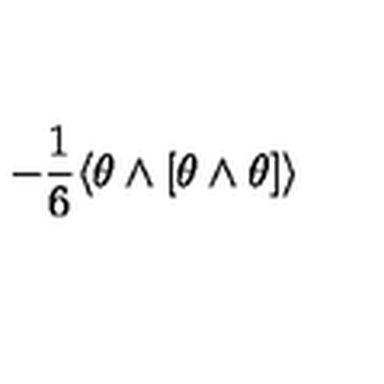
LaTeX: - \frac 1 6 \langle \theta \wedge [ \theta \wedge \theta ] \rangle